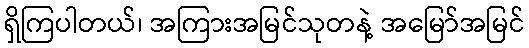
ရှိကြပါတယ်၊ အကြားအမြင်သုတနဲ့ အမြော်အမြင်